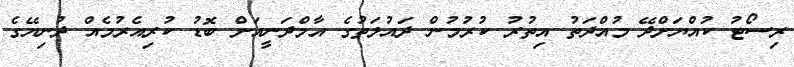
ރިސޯޓު ކުއްޔަށްދޭ މުއްދަތު އިތުރު ކުރުމުން ދައުލަތުގެ އާމްދަނީއަށް ބޮޑު ކުރިއެރުމެއް ދުނިޔޭގެ